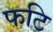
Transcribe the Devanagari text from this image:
फटि